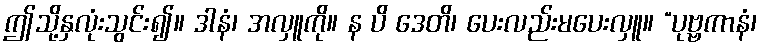
ဤသို့နှလုံးသွင်း၍။ ဒါနံ၊ အလှူကို။ န ပိ ဒေတိ၊ ပေးလည်းမပေးလှူ။ “ပုဗ္ဗကာနံ၊